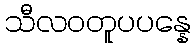
သီလဝတူပပန္နေ